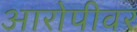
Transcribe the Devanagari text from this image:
आरोपीवर